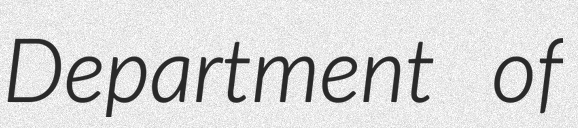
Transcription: Department of